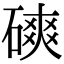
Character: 磢